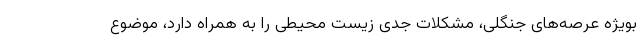
بویژه عرصه‌های جنگلی، مشکلات جدی زیست محیطی را به همراه دارد، موضوع